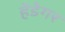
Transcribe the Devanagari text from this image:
हेडेगर